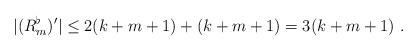
LaTeX: \begin{align*}|(R_m^{\flat})'|\leq 2(k+m+1)+(k+m+1)=3(k+m+1)~.\end{align*}